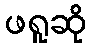
ဖရူဆို